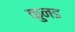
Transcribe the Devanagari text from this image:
कुनड